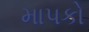
માપકો